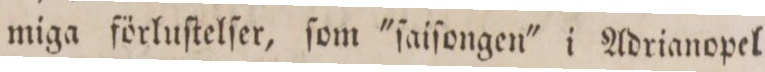
miga förluſtelſer, ſom 'ſaiſongen' i Adrianopel